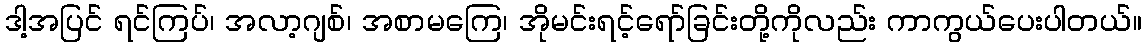
ဒါ့အပြင် ရင်ကြပ်၊ အလာ့ဂျစ်၊ အစာမကြေ၊ အိုမင်းရင့်ရော်ခြင်းတို့ကိုလည်း ကာကွယ်ပေးပါတယ်။